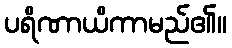
ပရိဏာယိကာမည်၏။